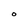
Character: O